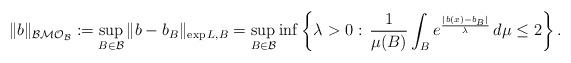
LaTeX: \begin{align*}\|b\|_{\mathcal{BMO_B}}:=\sup_{B\in\mathcal{B}}\|b-b_B\|_{{\rm exp }\,L, B}=\sup_{B\in\mathcal{B}}\inf \left\{ \lambda>0:\,\frac{1}{\mu(B)}\int_B e^{\frac{|b(x)-b_B|}{\lambda}}\,d\mu\leq 2 \right\}.\end{align*}